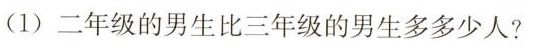
（1）二年级的男生比三年级的男生多多少人？